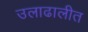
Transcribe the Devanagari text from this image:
उलाढालीत